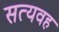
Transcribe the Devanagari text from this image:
सत्यवह